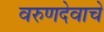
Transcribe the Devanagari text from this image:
वरुणदेवाचे